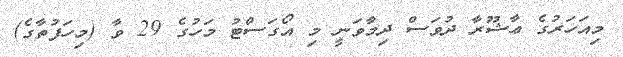
މިއަހަރުގެ ޢާޝޫރާ ދުވަސް ދިމާވަނީ މި އޯގަސްޓު މަހުގެ 29 ވާ (މިހަފުތާގެ)